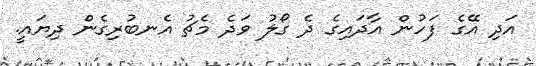
އަދި އޭގެ ފަހުން އާދައިގެ ދެ ގޯލު ވަދެ މެޗު އެނބުރިގެން ދިޔައީ.